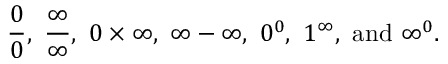
{ \frac { 0 } { 0 } } , ~ { \frac { \infty } { \infty } } , ~ 0 \times \infty , ~ \infty - \infty , ~ 0 ^ { 0 } , ~ 1 ^ { \infty } , { \mathrm { ~ a n d ~ } } \infty ^ { 0 } .